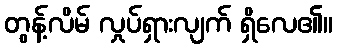
တွန့်လိမ် လှုပ်ရှားလျက် ရှိလေ၏။